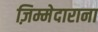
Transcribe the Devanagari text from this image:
ज़िम्मेदाराना